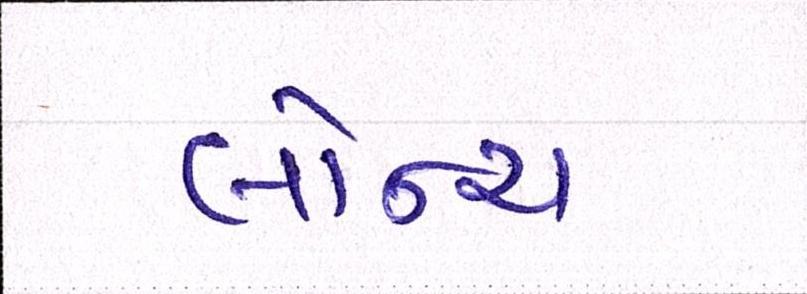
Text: લૉન્ચ